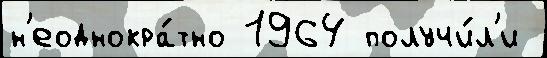
н'еоднокра́тно 1964 получи́л'и